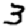
Digit: 3